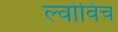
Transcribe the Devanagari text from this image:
ल्वोविच